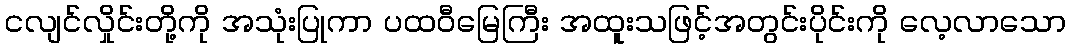
ငလျင်လှိုင်းတို့ကို အသုံးပြုကာ ပထဝီမြေကြီး အထူးသဖြင့်အတွင်းပိုင်းကို လေ့လာသော